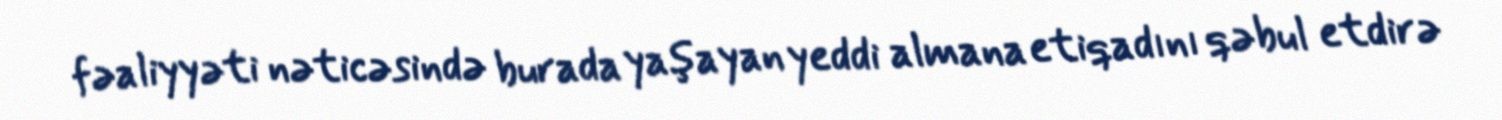
fəaliyyəti nəticəsində burada yaşayan yeddi almana etiqadını qəbul etdirə